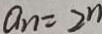
a _ { n } = 2 ^ { n }